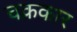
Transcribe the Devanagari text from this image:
चक्रकार